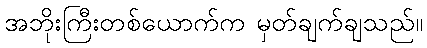
အဘိုးကြီးတစ်ယောက်က မှတ်ချက်ချသည်။